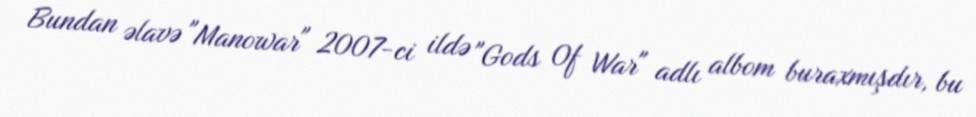
Bundan əlavə "Manowar" 2007-ci ildə "Gods Of War" adlı albom buraxmışdır, bu